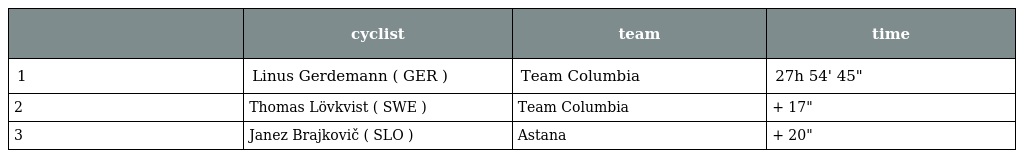
|  | cyclist | team | time |
 | --- | --- | --- | --- |
 | 1 | Linus Gerdemann ( GER ) | Team Columbia | 27h 54' 45" |
 | 2 | Thomas Lövkvist ( SWE ) | Team Columbia | + 17" |
 | 3 | Janez Brajkovič ( SLO ) | Astana | + 20" |